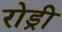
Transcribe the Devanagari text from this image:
रोड्री